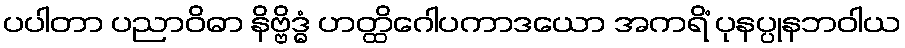
ပပါတာ ပညာဝိဓာ နိဗ္ဗိဒ္ဓံ ဟတ္ထိဂေါပကာဒယော အကရိံ ပုနပ္ပုနဘဝါယ